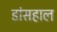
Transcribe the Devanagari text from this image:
डांसहाल